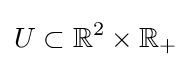
U\subset \mathbb {R} ^{2}\times \mathbb {R} _{+}